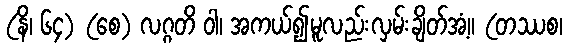
(နိ၊ ၆၄) (စေ) လဂ္ဂတိ ဝါ၊ အကယ်၍မူလည်းလှမ်းချိတ်အံ့။ (တဿစ၊